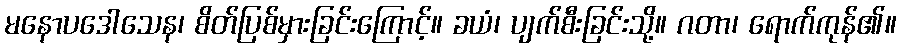
မနောပဒေါသေန၊ စိတ်ပြစ်မှားခြင်းကြောင့်။ ခယံ၊ ပျက်စီးခြင်းသို့။ ဂတာ၊ ရောက်ကုန်၏။